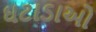
ઘટાડાઓ